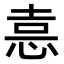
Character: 𭜶